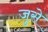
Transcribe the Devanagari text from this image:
जुसे